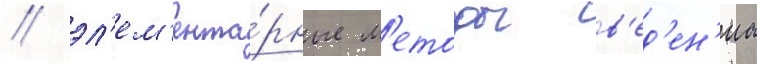
/ эл'ем'ента́рные м'етоды в'ед'ен'иа